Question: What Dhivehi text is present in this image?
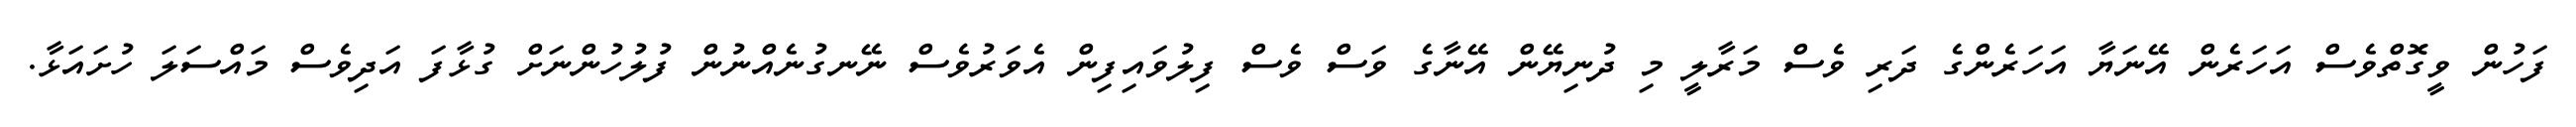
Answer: ފަހުން ވީގޮތްވެސް އަހަރެން އޭނަޔާ އަހަރެންގެ ދަރި ވެސް މަރާލީ މި ދުނިޔޭން އޭނާގެ ވަސް ވެސް ފިލުވައިފިން އެވަރުވެސް ނޭނގުނެއްނުން ފުލުހުންނަށް ގުޅާފަ އަދިވެސް މައްސަލަ ހުށައަޅާ.